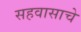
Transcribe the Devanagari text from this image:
सहवासाचे